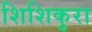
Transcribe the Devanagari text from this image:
शिशिकुरा